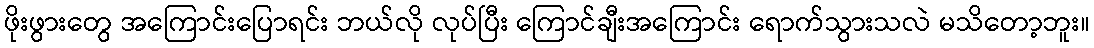
ဖိုးဖွားတွေ အကြောင်းပြောရင်း ဘယ်လို လုပ်ပြီး ကြောင်ချီးအကြောင်း ရောက်သွားသလဲ မသိတော့ဘူး။